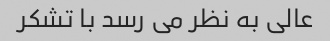
عالی به نظر می رسد با تشکر